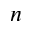
n